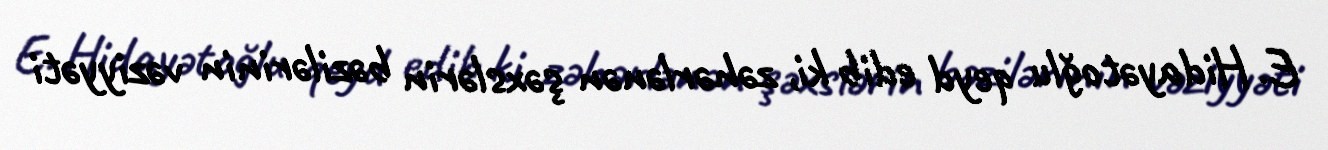
E. Hidayətoğlu qeyd edib ki, zəhərlənən şəxslərin bəzilərinin vəziyyəti